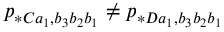
p _ { \ast C a _ { 1 } , b _ { 3 } b _ { 2 } b _ { 1 } } \neq p _ { \ast D a _ { 1 } , b _ { 3 } b _ { 2 } b _ { 1 } }